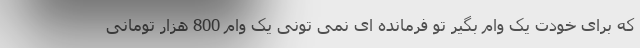
که برای خودت یک وام بگیر تو فرمانده ای نمی تونی یک وام 800 هزار تومانی